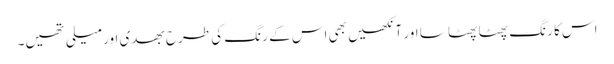
اس کا رنگ پھٹا پھٹا سا اور آنکھیں بھی اس کے رنگ کی طرح بھدی اور میلی تھیں۔